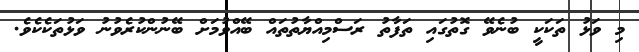
މި ވަޅު ތަކަކީ ބުނެވޭ ގޮތުގައި ތަފާތު ރަސްމިއްޔާތުތައް ބޭއްވުމަށް ބޭނުންކުރެވުނު ވަޅުތަކެކެވެ.